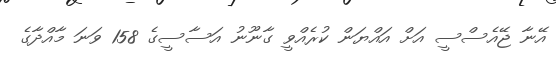
އޭނާ ޖޭއެސްސީ އަށް އައްޔަން ކުރެއްވީ ގާނޫނު އަސާސީގެ 158 ވަނަ މާއްދާގެ